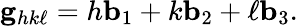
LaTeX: \mathbf{g}_{hk\ell}=h\mathbf{b}_{1}+k\mathbf{b}_{2}+\ell\mathbf{b}_{3}.